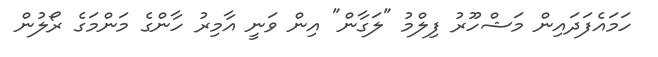
ހަމައެފަދައިން މަޝްހޫރު ފިލްމު "ލަގާން" އިން ވަނީ އާމިރު ހާންގެ މަންމަގެ ރޯލުން